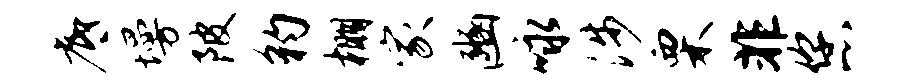
底墁陂豹棚家豳咏涉栗非您